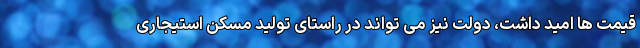
قیمت ها امید داشت، دولت نیز می تواند در راستای تولید مسکن استیجاری